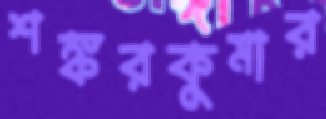
শঙ্করকুমার